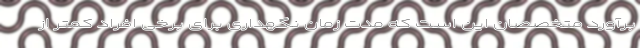
برآورد متخصصان این است که مدت زمان نگهداری برای برخی افراد کمتر از